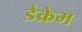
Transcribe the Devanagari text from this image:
डेक्रेम